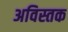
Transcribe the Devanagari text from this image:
अविस्तक